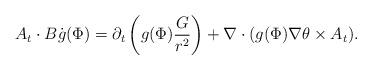
LaTeX: \begin{align*}A_t\cdot B\dot{g}(\Phi)=\partial_t \left(g(\Phi)\frac{G}{r^{2}}\right)+\nabla \cdot (g(\Phi)\nabla \theta\times A_t).\end{align*}